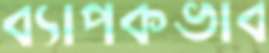
ব্যাপকভাব